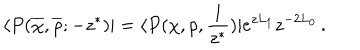
LaTeX: \langle P ( \overline { { \chi } } , \overline { { \rho } } ; - z ^ { \ast } ) | = \langle P ( \chi , \rho , { \frac { 1 } { z ^ { \ast } } } ) | e ^ { z L _ { 1 } } z ^ { - 2 L _ { 0 } } \, .